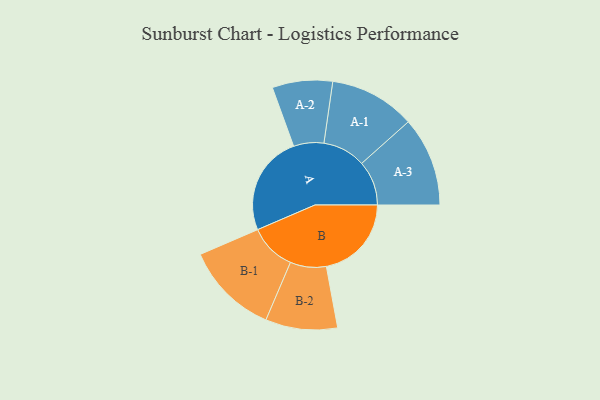
{"axis": {"x": "Segment", "y": "Value"}, "legend": ["", "A", "B"], "data": [{"x": "A", "y": 447, "type": ""}, {"x": "B", "y": 381, "type": ""}, {"x": "A-1", "y": 192, "type": "A"}, {"x": "A-2", "y": 135, "type": "A"}, {"x": "A-3", "y": 200, "type": "A"}, {"x": "B-1", "y": 209, "type": "B"}, {"x": "B-2", "y": 161, "type": "B"}]}